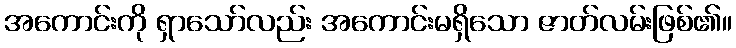
အကောင်းကို ရှာသော်လည်း အကောင်းမရှိသော ဇာတ်လမ်းဖြစ်၏။